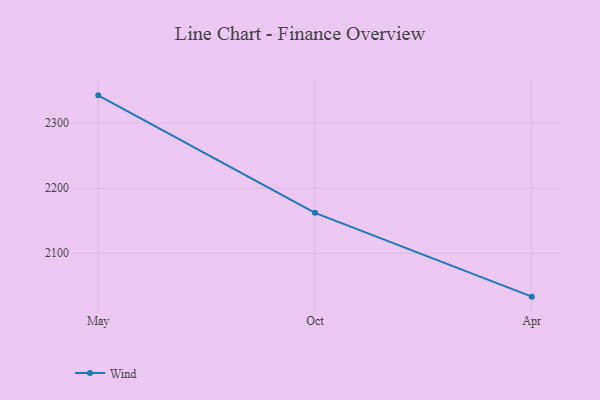
{"axis": {"x": "Month", "y": "Headcount"}, "legend": ["Wind"], "data": [{"x": "May", "y": 2342.6, "type": "Wind"}, {"x": "Oct", "y": 2162.1, "type": "Wind"}, {"x": "Apr", "y": 2033.4, "type": "Wind"}]}